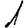
Digit: 1